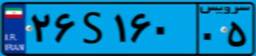
۰۰S۴۲۱۹۵